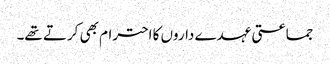
جماعتی عہدے داروں کا احترام بھی کرتے تھے۔